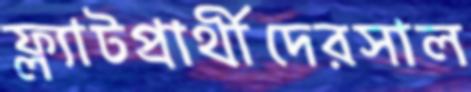
ফ্ল্যাটপ্রার্থীদেরসাল